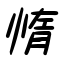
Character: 惰